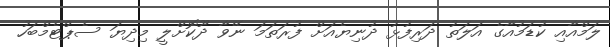
ލަމްއާއި ކުޑަމުއާގެ އަލަތު ދަރިފުޅު ދުނިޔެއަށް ފުރަތަމަ ނޭވާ ދޫކޮށްލީ މިދިޔަ ސެޕްޓެމްބަހު